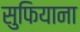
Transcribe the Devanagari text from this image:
सुफियाना